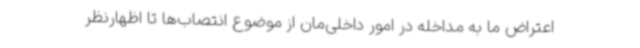
اعتراض ما به مداخله در امور داخلی‌مان از موضوع انتصاب‌ها تا اظهارنظر